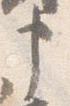
申